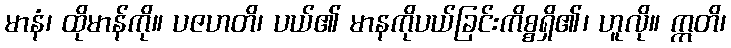
မာနံ၊ ထိုမာန်ကို။ ပဇဟတိ၊ ပယ်၏ မာနကိုပယ်ခြင်းကိစ္စရှိ၏၊ ဟူလို။ ဣတိ၊